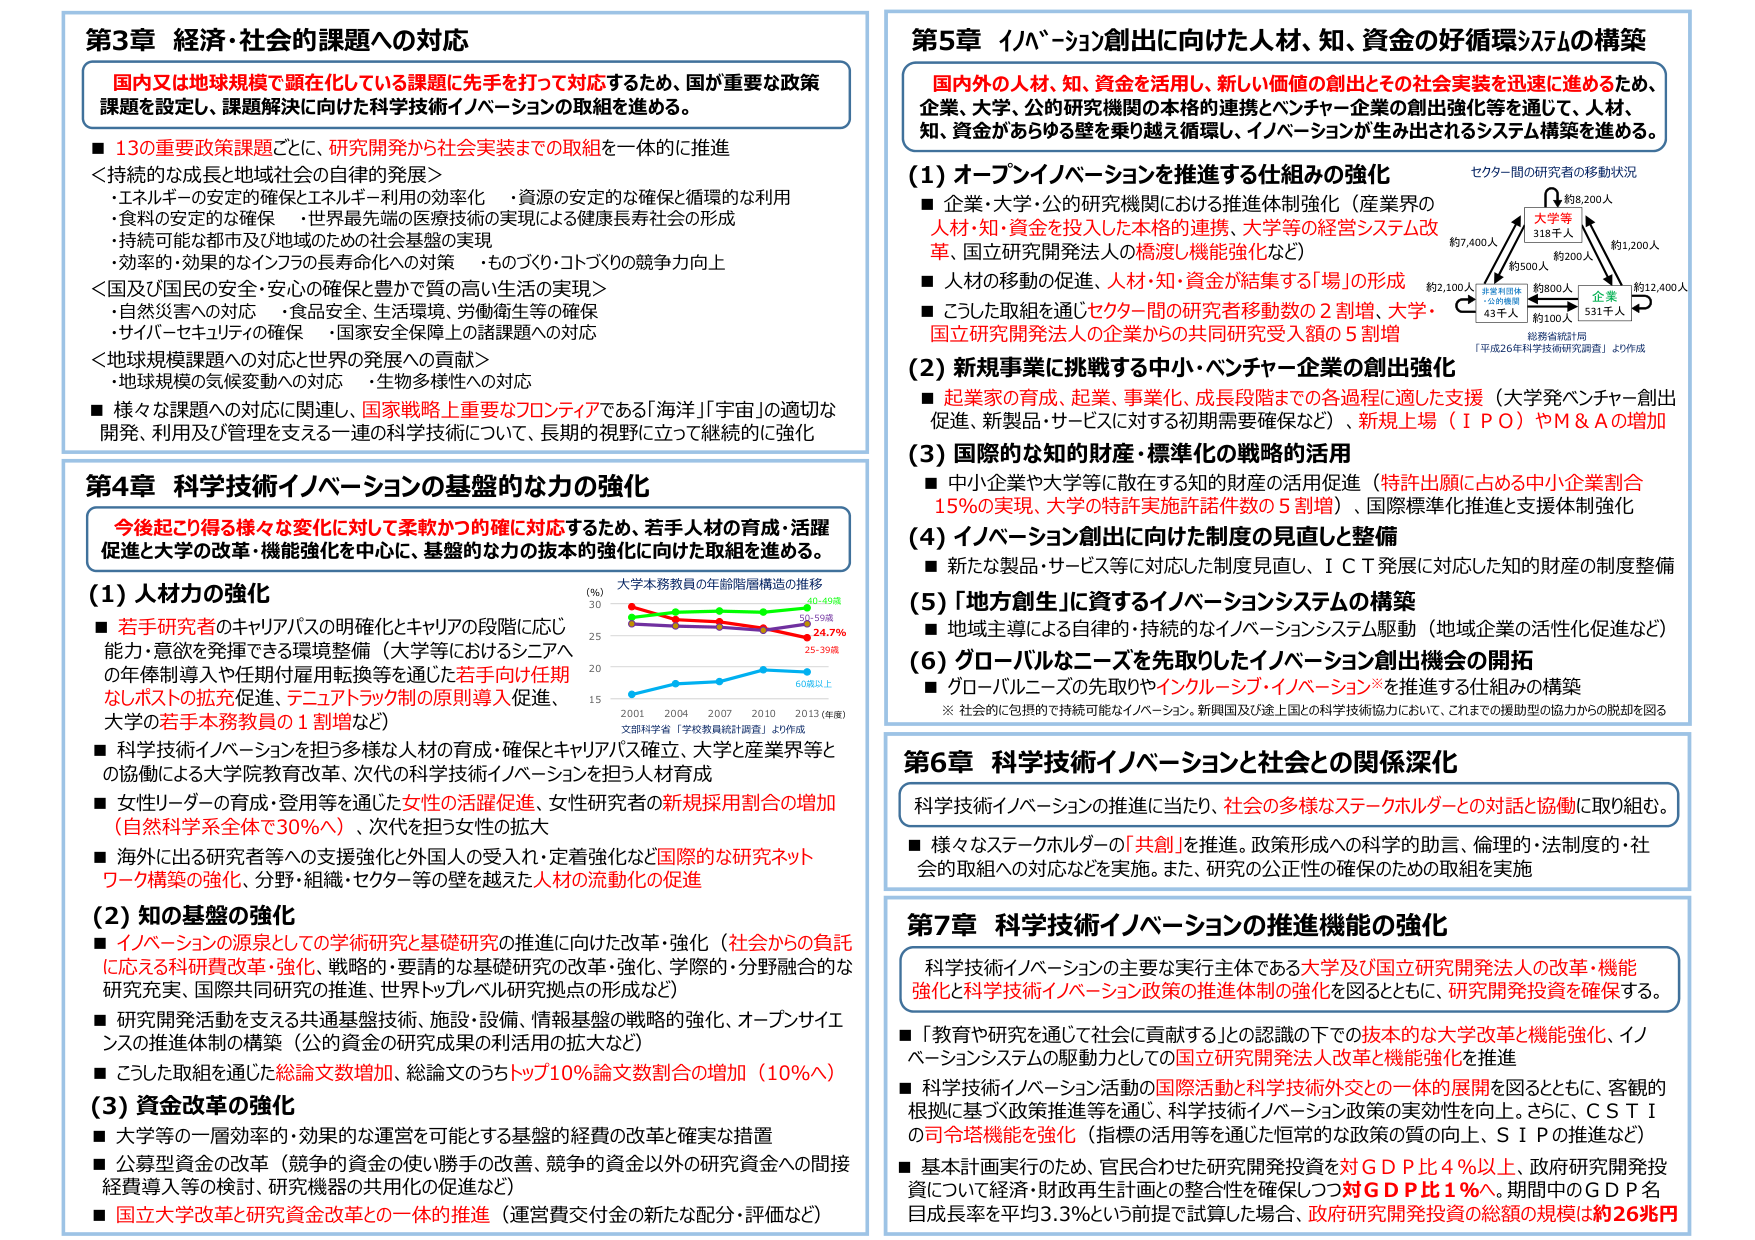
第3章 経済・社会的課題への対応
国内又は地球規模で顕在化している課題に先手を打って対応するため、国が重要な政策課題を設定し、課題解決に向けた科学技術イノベーションの取組を進める。
■ 13の重要政策課題ごとに、研究開発から社会実装までの取組を一体的に推進
＜持続的な成長と地域社会の自律的発展＞
・エネルギーの安定の確保とエネルギー利用の効率化　・資源の安定的な確保と循環的な利用
・食料の安定的な確保　・世界最先端の医療技術の実現による健康長寿社会の形成
・持続可能な都市及び地域のための社会基盤の実現
・効率的・効果的なインフラの長寿命化への対策　・ものづくり・コトづくりの競争力向上
＜国及び国民の安全・安心の確保と豊かで質の高い生活の実現＞
・自然災害への対応　・食品安全、生活環境、労働衛生等の確保
・サイバーセキュリティの確保　・国家安全保障上の諸課題への対応
＜地球規模課題への対応と世界の発展への貢献＞
・地球規模の気候変動への対応　・生物多様性への対応
■ 様々な課題への対応に関連し、国家戦略上重要なフロンティアである「海洋」「宇宙」の適切な開発、利用及び管理を支える一連の科学技術について、長期的視野に立って継続的に強化

第4章 科学技術イノベーションの基盤的な力の強化
今後起こり得る様々な変化に対して柔軟かつ的確に対応するため、若手人材の育成・活躍促進と大学の改革・機能強化を中心に、基盤的な力の抜本的強化に向けた取組を進める。
(1) 人材力の強化
■ 若手研究者のキャリアパスの明確化とキャリアの段階に応じ能力・意欲を発揮できる環境整備（大学等におけるシニアへの年俸制導入や任期付雇用転換等を通じた若手向け任期なしポストの拡充促進、テニュアトラック制の原則導入促進、大学の若手本務教員の1割増など）
■ 科学技術イノベーションを担う多様な人材の育成・確保とキャリアパス確立、大学と産業界等との協働による大学院教育改革、次代の科学技術イノベーションを担う人材育成
■ 女性リーダーの育成・登用等を通じた女性の活躍促進、女性研究者の新規採用割合の増加（自然科学系全体で30%へ）、次代を担う女性の拡大
■ 海外に出る研究者等への支援強化と外国人の受入れ・定着強化など国際的な研究ネットワーク構築の強化、分野・組織・セクター等の壁を越えた人材の流動化の促進
(2) 知の基盤の強化
■ イノベーションの源泉としての学術研究と基礎研究の推進に向けた改革・強化（社会からの負託に応える科研費改革・強化、戦略的・要請的な基礎研究の改革・強化、学際的・分野融合的な研究充実、国際共同研究の推進、世界トップレベル研究拠点の形成など）
■ 研究開発活動を支える共通基盤技術、施設・設備、情報基盤の戦略的強化、オープンサイエンスの推進体制の構築（公的資金の研究成果の利活用の拡大など）
■ こうした取組を通じた総論文数増加、総論文のうちトップ10%論文数割合の増加（10%へ）
(3) 資金改革の強化
■ 大学等の一層効率的・効果的な運営を可能とする基盤的経費の改革と確実な措置
■ 公募型資金の改革（競争的資金の使い勝手の改善、競争的資金以外の研究資金への間接経費導入等の検討、研究機器の共用化の促進など）
■ 国立大学改革と研究資金改革との一体的推進（運営費交付金の新たな配分・評価など）

第5章 イノベーション創出に向けた人材、知、資金の好循環システムの構築
国内外の人材、知、資金を活用し、新しい価値の創出とその社会実装を迅速に進めるため、企業、大学、公的研究機関の本格的連携とベンチャー企業の創出強化等を通じて、人材、知、資金があらゆる壁を乗り越え循環し、イノベーションが生み出されるシステム構築を進める。
(1) オープンイノベーションを推進する仕組みの強化
■ 企業・大学・公的研究機関における推進体制強化（産業界の人材・知・資金を投入した本格的連携、大学等の経営システム改革、国立研究開発法人の橋渡し機能強化など）
■ 人材の移動の促進、人材・知・資金が結集する「場」の形成
■ こうした取組を通じセクター間の研究者移動数の2割増、大学・国立研究開発法人の企業からの共同研究受入額の5割増
(2) 新規事業に挑戦する中小・ベンチャー企業の創出強化
■ 起業家の育成、起業、事業化、成長段階までの各過程に適した支援（大学発ベンチャー創出促進、新製品・サービスに対する初期需要確保など）、新規上場（IPO）やM&Aの増加
(3) 国際的な知的財産・標準化の戦略的活用
■ 中小企業や大学等に散在する知的財産の活用促進（特許出願に占める中小企業割合15%の実現、大学の特許実施許諾件数の5割増）、国際標準化推進と支援体制強化
(4) イノベーション創出に向けた制度の見直しと整備
■ 新たな製品・サービス等に対応した制度見直し、ICT発展に対応した知的財産の制度整備
(5) 「地方創生」に資するイノベーションシステムの構築
■ 地域主導による自律的・持続的なイノベーションシステム駆動（地域企業の活性化促進など）
(6) グローバルなニーズを先取りしたイノベーション創出機会の開拓
■ グローバルニーズの先取りやインクルーシブ・イノベーション※を推進する仕組みの構築
※ 社会的に包摂的で持続可能なイノベーション。新興国及び途上国との科学技術協力において、これまでの援助型の協力からの脱却を図る

第6章 科学技術イノベーションと社会との関係深化
科学技術イノベーションの推進に当たり、社会の多様なステークホルダーとの対話と協働に取り組む。
■ 様々なステークホルダーの「共創」を推進。政策形成への科学的助言、倫理的・法制度的・社会的取組への対応などを実施。また、研究の公正性の確保のための取組を実施

第7章 科学技術イノベーションの推進機能の強化
科学技術イノベーションの主要な実行主体である大学及び国立研究開発法人の改革・機能強化と科学技術イノベーション政策の推進体制の強化を図るとともに、研究開発投資を確保する。
■ 「教育や研究を通じて社会に貢献する」との認識の下での抜本的な大学改革と機能強化、イノベーションシステムの駆動力としての国立研究開発法人改革と機能強化を推進
■ 科学技術イノベーション活動の国際活動と科学技術外交との一体的展開を図るとともに、客観的根拠に基づく政策推進等を通じ、科学技術イノベーション政策の実効性を向上。さらに、CSTIの司令塔機能を強化（指標の活用等を通じた恒常的な政策の質の向上、SIPの推進など）
■ 基本計画実行のため、官民合わせた研究開発投資を対GDP比4%以上、政府研究開発投資について経済・財政再生計画との整合性を確保しつつ対GDP比1%へ、期間中のGDP名目成長率を平均3.3%という前提で試算した場合、政府研究開発投資の総額の規模は約26兆円

（図表：セクター間の研究者の移動状況）
大学等
318千人
約7,400人
約500人
約8,200人
約1,200人
約12,400人
企業
531千人
約100人
約800人
約2,100人
非営利団体・公的機関
43千人
「平成26年科学技術研究調査」より作成

（図表：大学本務教員の年齢階層構造の推移）
（%）
50
40-49歳
30-59歳
24.7%
25-39歳
20
15
2001 2004 2007 2010 2013（年度）
文部科学省「学校教員統計調査」より作成
60歳以上